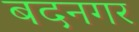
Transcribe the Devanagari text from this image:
बदनगर